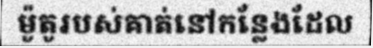
ម៉ូតូរបស់គាត់នៅកន្លែងដែល